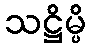
သဋ္ဌိမ္ပိ